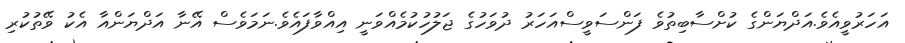
އަހަރުވީއެވެ.އަދްޔަންގެ ކުށްސާބިތުވެ ފަންސަވީސްއަހަރު ދުވަހުގެ ޖަލުހުކުމެއްވަނީ އިއްވާފައެވެ.ނަމަވެސް އޭނާ އަދްޔަންއާ އެކު ވޭތުކުރި